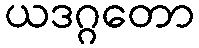
ယဒဂ္ဂတော